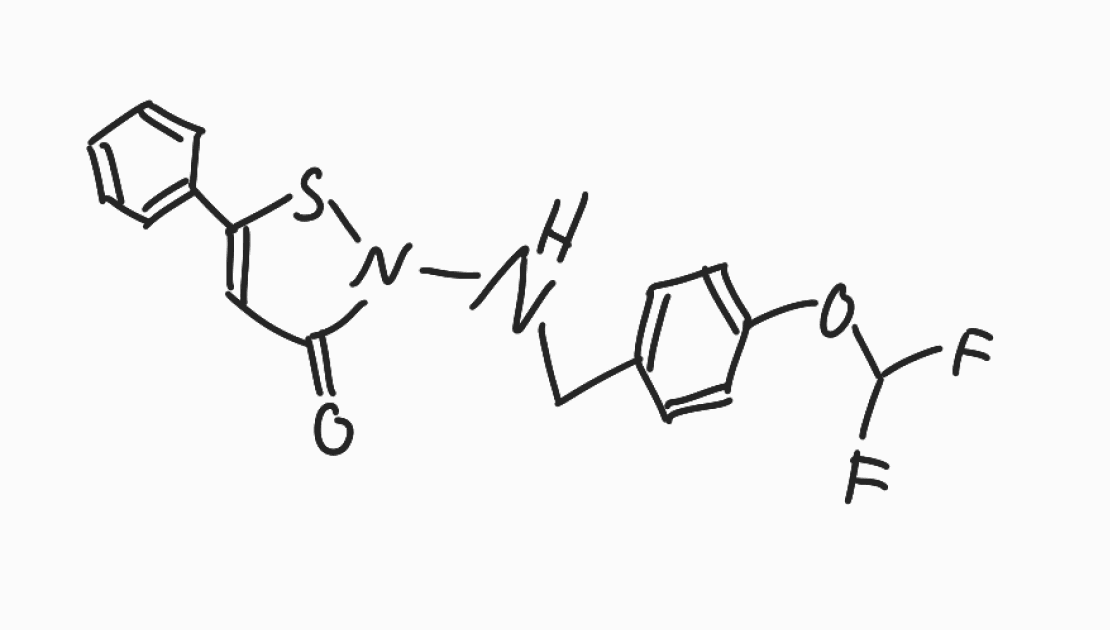
Simplified molecular-input line-entry system (SMILES) notation of the given molecule:
C1=CC=C(C=C1)C2=CC(=O)N(S2)NCC3=CC=C(C=C3)OC(F)F